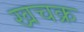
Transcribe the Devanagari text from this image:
खचक्र